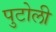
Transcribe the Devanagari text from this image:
पुटोली